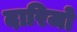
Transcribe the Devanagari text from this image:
दारिजो